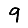
Digit: 9